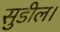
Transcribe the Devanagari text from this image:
सुडील।